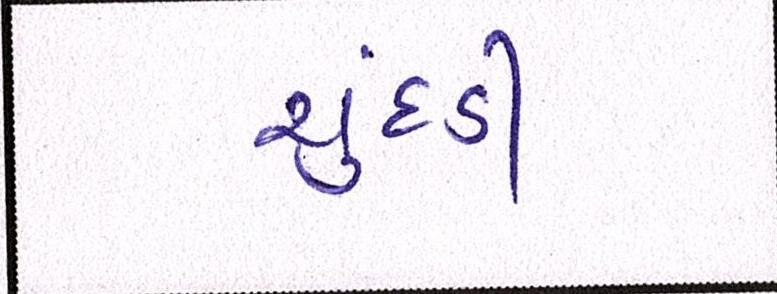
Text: ચુદડી